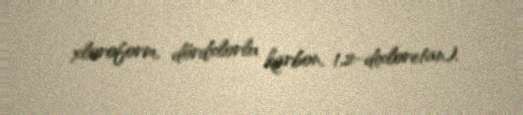
xloroform, dördxlorlu karbon, 1,2-dixloretan).